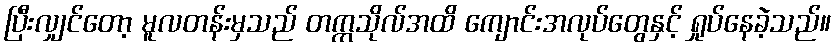
ပြီးလျှင်တော့ မူလတန်းမှသည် တက္ကသိုလ်အထိ ကျောင်းအလုပ်တွေနှင့် ရှုပ်နေခဲ့သည်။